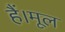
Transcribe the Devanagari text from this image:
हैं।मूल